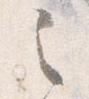
之